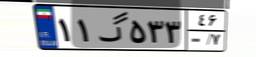
۱۱گ۵۳۳۴۶